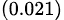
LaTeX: _{(0.021)}